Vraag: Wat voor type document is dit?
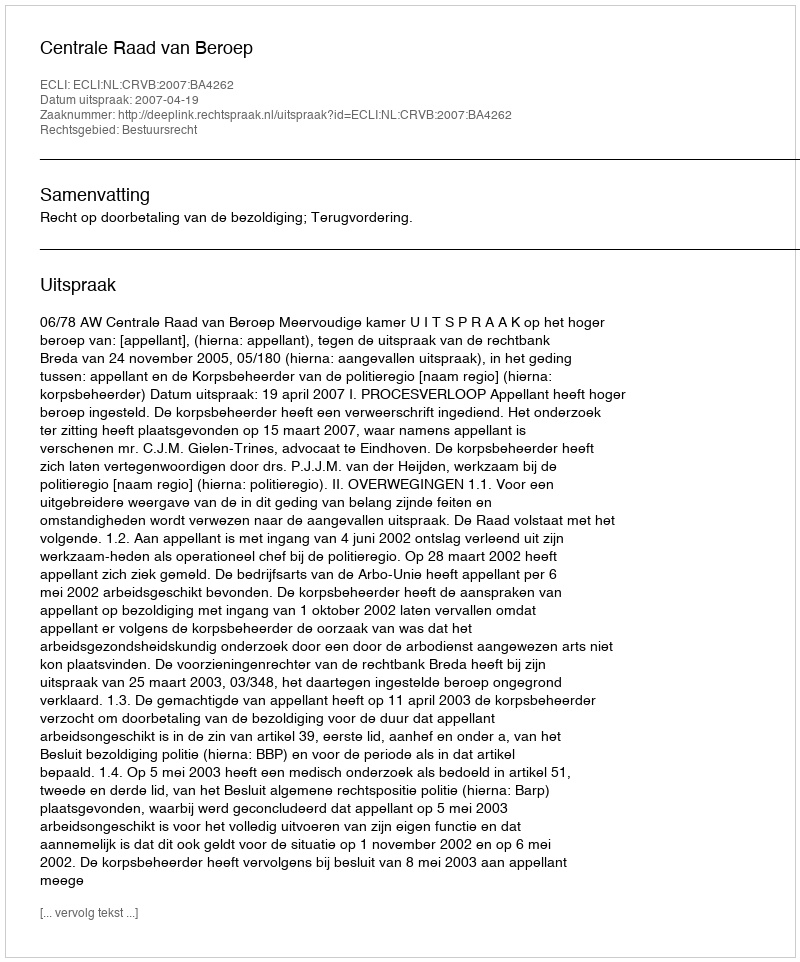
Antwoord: Uitspraak